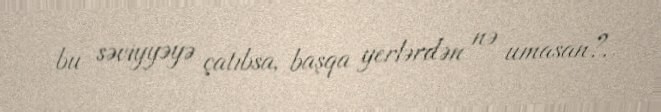
bu səviyyəyə çatıbsa, başqa yerlərdən nə umasan?.